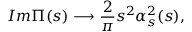
I m \Pi ( s ) \longrightarrow \frac { 2 } { \pi } s ^ { 2 } \alpha _ { s } ^ { 2 } ( s ) ,